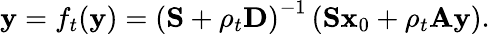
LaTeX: \mathbf{y}=f_{t}(\mathbf{y})=\left(\mathbf{S}+\rho_{t}\mathbf{D}\right)^{-1}\left(\mathbf{S}\mathbf{x}_{0}+\rho_{t}\mathbf{A}\mathbf{y}\right).